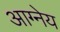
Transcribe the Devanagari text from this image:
आग्‍नेय